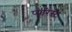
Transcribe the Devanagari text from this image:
प्यूरिस्ट